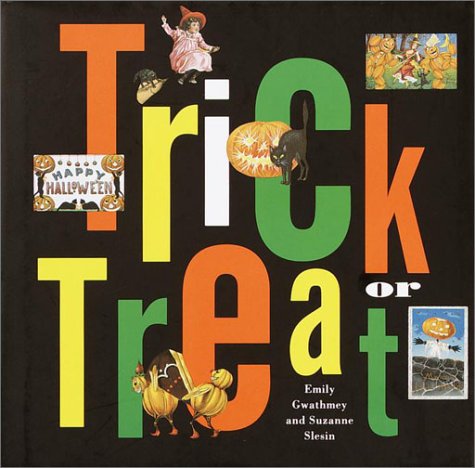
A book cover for Trick or Treat; Emily Gwathmey; Cookbooks, Food & Wine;